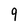
Character: 9